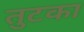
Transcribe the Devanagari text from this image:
तुटका